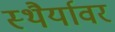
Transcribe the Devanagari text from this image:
स्थैर्यावर